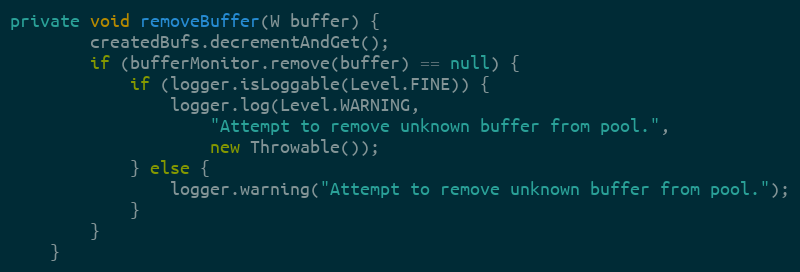
Language: Java
private void removeBuffer(W buffer) {
        createdBufs.decrementAndGet();
        if (bufferMonitor.remove(buffer) == null) {
            if (logger.isLoggable(Level.FINE)) {
                logger.log(Level.WARNING,
                    "Attempt to remove unknown buffer from pool.",
                    new Throwable());
            } else {
                logger.warning("Attempt to remove unknown buffer from pool.");
            }
        }
    }